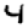
Digit: 4